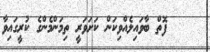
ފޮތް ބާވައިލެއްވިކަން ކަށަވަރީ ތިމަންމެންގެ ކުރީގައިވާ